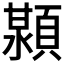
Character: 𬱊